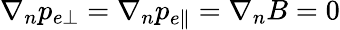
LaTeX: \nabla_{n}p_{e\bot}=\nabla_{n}p_{e\parallel}=\nabla_{n}B=0